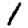
Digit: 1